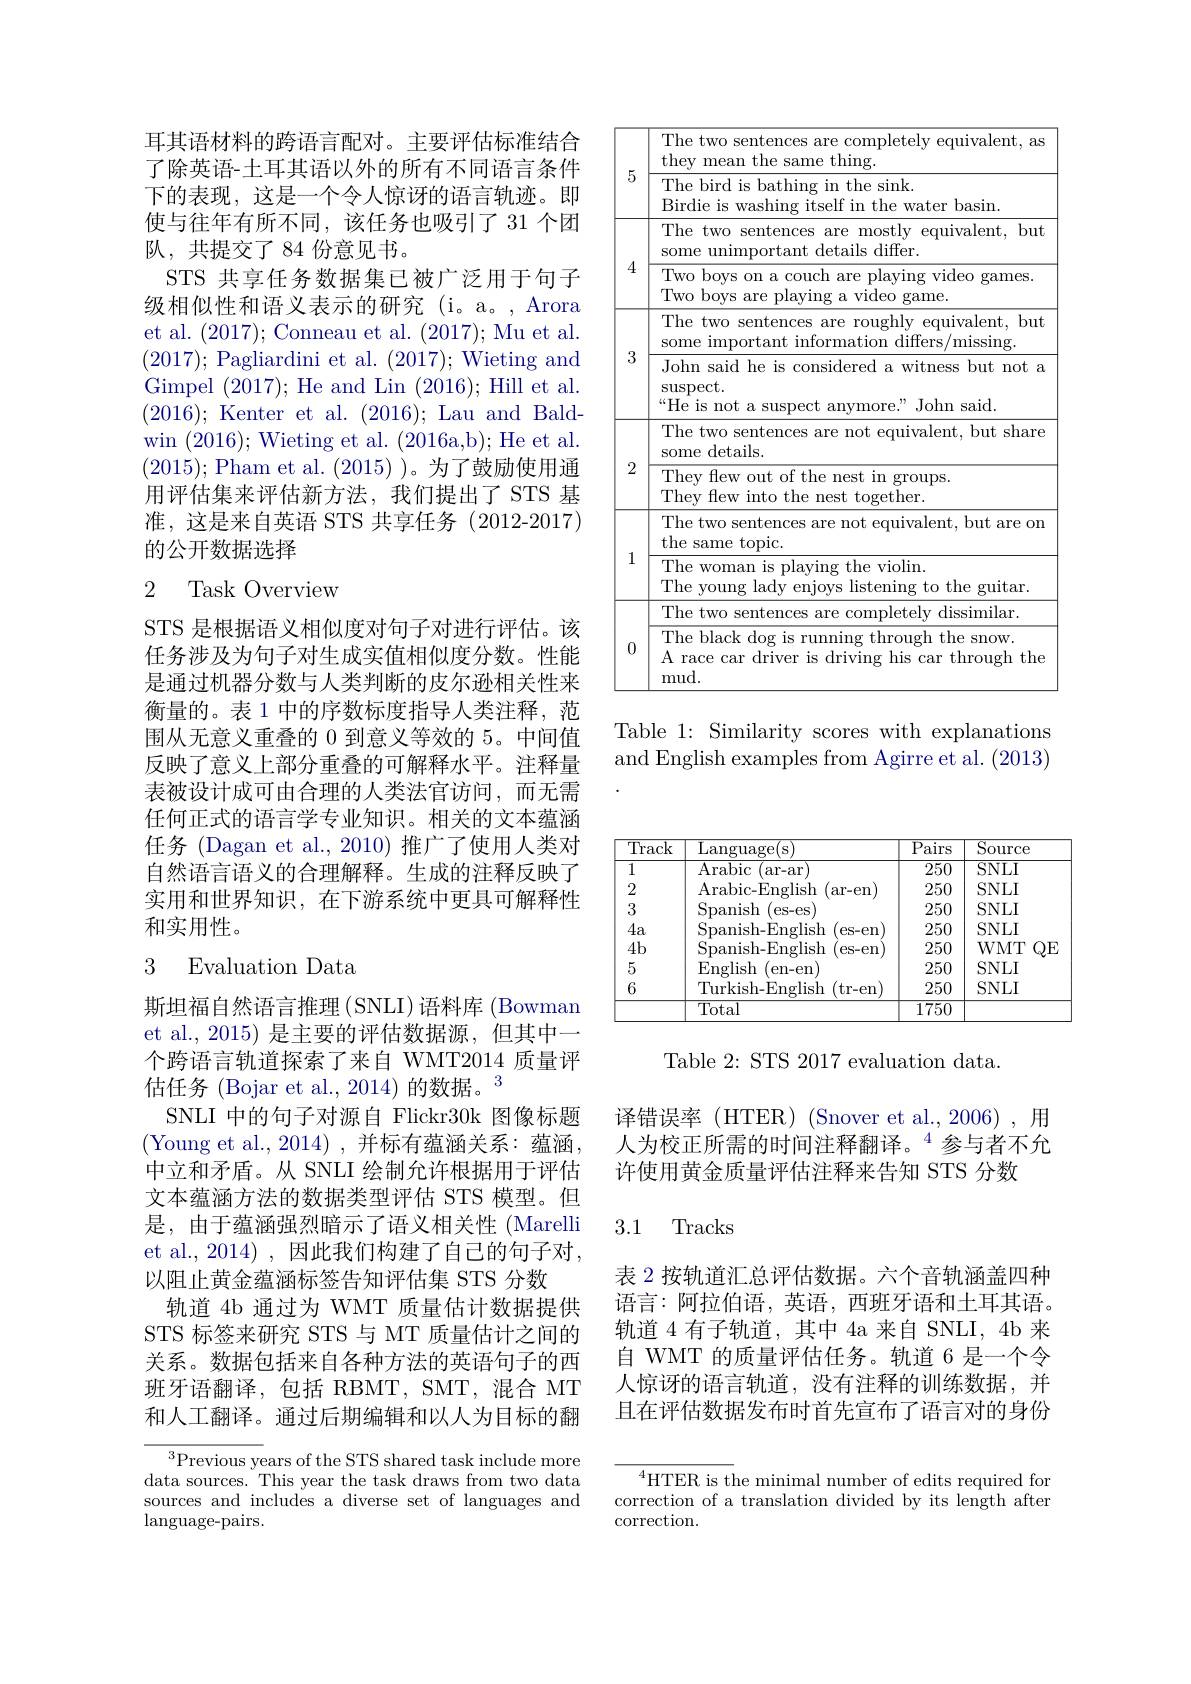
耳其语材料的跨语言配对。主要评估标准结合了除英语-土耳其语以外的所有不同语言条件下的表现，这是一个令人惊讶的语言轨迹。即使与往年有所不同，该任务也吸引了 31 个团队，共提交了84份意见书。
STS 共享任务数据集已被广泛用于句子级相似性和语义表示的研究(i。a。,Arora et al. (2017); Conneau et al. (2017);Mu et al. (2017); Pagliardini et al. (2017); Wieting and Gimpel (2017);He and Lin (2016);Hill et al. (2016); Kenter et al. (2016); Lau and Baldwin (2016);Wieting et al. (2016a,b);He et al. (2015);Pham et al.(2015))。为了鼓励使用通用评估集来评估新方法，我们提出了 STS 基准，这是来自英语 STS 共享任务(2012-2017) 的公开数据选择

## 2 Task Overview

STS 是根据语义相似度对句子对进行评估。该任务涉及为句子对生成实值相似度分数。性能是通过机器分数与人类判断的皮尔逊相关性来衡量的。表 1 中的序数标度指导人类注释，范围从无意义重叠的 0 到意义等效的 5。中间值反映了意义上部分重叠的可解释水平。注释量表被设计成可由合理的人类法官访问，而无需任何正式的语言学专业知识。相关的文本蕴涵任务 (Dagan et al.,2010)推广了使用人类对自然语言语义的合理解释。生成的注释反映了实用和世界知识，在下游系统中更具可解释性和实用性。

# 3 Evaluation Data

斯坦福自然语言推理(SNLI)语料库(Bowman et al., 2015) 是主要的评估数据源，但其中一个跨语言轨道探索了来自 WMT2014 质量评估任务 (Bojar et al., 2014)的数据。3
SNLI 中的句子对源自 Flickr30k 图像标题(Young et al.,2014),并标有蕴涵关系：蕴涵， 中立和矛盾。从 SNLI 绘制允许根据用于评估文本蕴涵方法的数据类型评估 STS 模型。但是，由于蕴涵强烈暗示了语义相关性 (Marelli et al.,2014),因此我们构建了自己的句子对， 以阻止黄金蕴涵标签告知评估集 STS 分数
轨道 4b 通过为 WMT 质量估计数据提供STS 标签来研究 STS 与 MT 质量估计之间的关系。数据包括来自各种方法的英语句子的西班牙语翻译，包括 RBMT, SMT,混合 MT 和人工翻译。通过后期编辑和以人为目标的翻

$^3$Previous years of the STS shared task include more data sources. This year the task draws from two data sources and includes a diverse set of languages and $\operatorname{language-pairs}.$

<table>
	<tbody>
		<tr>
			<th rowspan="2">5</th>
			<th>The two sentences are completely equivalent, as they mean the same thing.</th>
		</tr>
		<tr>
			<th>The bird is bathing in the sink. Birdie is washing itself in the water basin</th>
		</tr>
		<tr>
			<td rowspan="2">4</td>
			<td>The two sentences are mostly ${\mathrm{y~equivalent,~but}}$ some unimportant details differ.</td>
		</tr>
		<tr>
			<td>Two boys on a couch are playing video games Two boys are playing a video game.</td>
		</tr>
		<tr>
			<td rowspan="2">3</td>
			<td>The two sentences are roughly equivalent, but some important information differs/missing.</td>
		</tr>
		<tr>
			<td>John said he is considered a witness but not a $\operatorname{suspect}.$ $“$He is not a suspect anymore." John said.</td>
		</tr>
		<tr>
			<td> </td>
			<td>The two sentences are not equivalent, but share</td>
		</tr>
		<tr>
			<td rowspan="1">2</td>
			<td>some details. They flew out of the nest in groups.</td>
		</tr>
		<tr>
			<td> </td>
			<td>$\operatorname{lew}$IIIUO tne nest togetner. The two sentences are not equivalent, but are on</td>
		</tr>
		<tr>
			<td rowspan="1">1</td>
			<td>the same topic. The woman is plaving the violin.</td>
		</tr>
		<tr>
			<td> </td>
			<td>The young listening to the guitar.</td>
		</tr>
		<tr>
			<td rowspan="1">0</td>
			<td>The black dog is running through the snow. A race car driver is driving his car through the mud.</td>
		</tr>
	</tbody>
</table>

Table 1: Similarity scores with explanations and English examples from Agirre et al. (2013)

<table>
	<tbody>
		<tr>
			<th>Track</th>
			<th>$\overline{{\mathrm{Language(s)}}}$</th>
			<th>$\overline{\mathrm{Pairs}}$</th>
			<th>$\operatorname{Source}$</th>
		</tr>
		<tr>
			<td>1</td>
			<td>Arabic ar- ar</td>
			<td>250</td>
			<td>$SNLI$</td>
		</tr>
		<tr>
			<td>2</td>
			<td>Arabic- English ar- en</td>
			<td>250</td>
			<td>$SNLI$</td>
		</tr>
		<tr>
			<td>3</td>
			<td>Spanish es- es</td>
			<td>250</td>
			<td>$SNLI$</td>
		</tr>
		<tr>
			<td>4a</td>
			<td>$\bar{\mathrm{Spanish-English}}$ es-en)</td>
			<td>250</td>
			<td>$SNLI$</td>
		</tr>
		<tr>
			<td>4b</td>
			<td>$\bar{\mathrm{Spanish-English}}$ es- en</td>
			<td>250</td>
			<td>$WMT$ $QE$</td>
		</tr>
		<tr>
			<td>5</td>
			<td>English en- en</td>
			<td>250</td>
			<td>$SNLI$</td>
		</tr>
		<tr>
			<td rowspan="2">6</td>
			<td>Turkish-English (tr-en</td>
			<td>250</td>
			<td>$SNLI$</td>
		</tr>
		<tr>
			<td>Total</td>
			<td>1750</td>
			<td> </td>
		</tr>
	</tbody>
</table>

Table 2: STS 2017 evaluation data.

译错误率 (HTER) (Snover et al.,2006),用人为校正所需的时间注释翻译。$^{4}$参与者不允许使用黄金质量评估注释来告知 STS 分数

### 3.1 Tracks

表 2 按轨道汇总评估数据。六个音轨涵盖四种语言：阿拉伯语，英语，西班牙语和土耳其语。轨道 4 有子轨道，其中 4a 来自 SNLI, 4b 来自 WMT 的质量评估任务。轨道 6 是一个令人惊讶的语言轨道，没有注释的训练数据，并且在评估数据发布时首先宣布了语言对的身份

$^4$HTER is the minimal number of edits required for correction of a translation divided by its length after $\operatorname{correction}.$